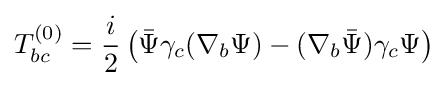
T_{bc}^{(0)}={\frac {i}{2}}\left({\bar {\Psi }}\gamma _{c}(\nabla _{b}\Psi )-(\nabla _{b}{\bar {\Psi }})\gamma _{c}\Psi \right)